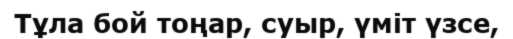
Тұла бой тоңар, суыр, үміт үзсе,